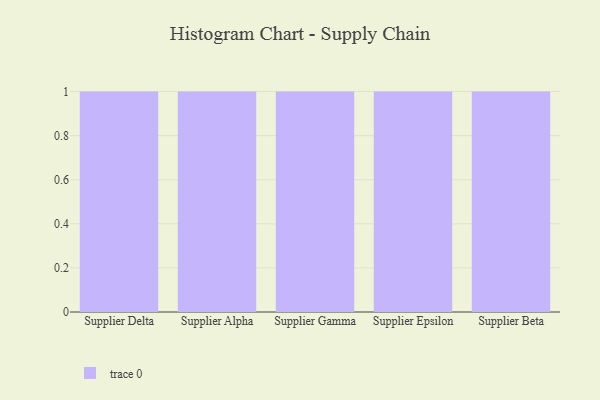
{"axis": {"x": "Supplier", "y": "Humidity (%)"}, "legend": [""], "data": [{"x": "Supplier Delta", "y": 12, "type": ""}, {"x": "Supplier Alpha", "y": 100, "type": ""}, {"x": "Supplier Gamma", "y": 80, "type": ""}, {"x": "Supplier Epsilon", "y": 16, "type": ""}, {"x": "Supplier Beta", "y": 94, "type": ""}]}